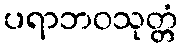
ပရာဘဝသုတ္တံ